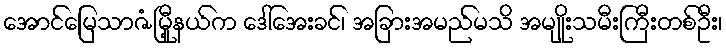
အောင်မြေသာဇံမြီု့နယ်က ဒေါ်အေးခင်၊ အခြားအမည်မသိ အမျိုးသမီးကြီးတစ်ဦး၊